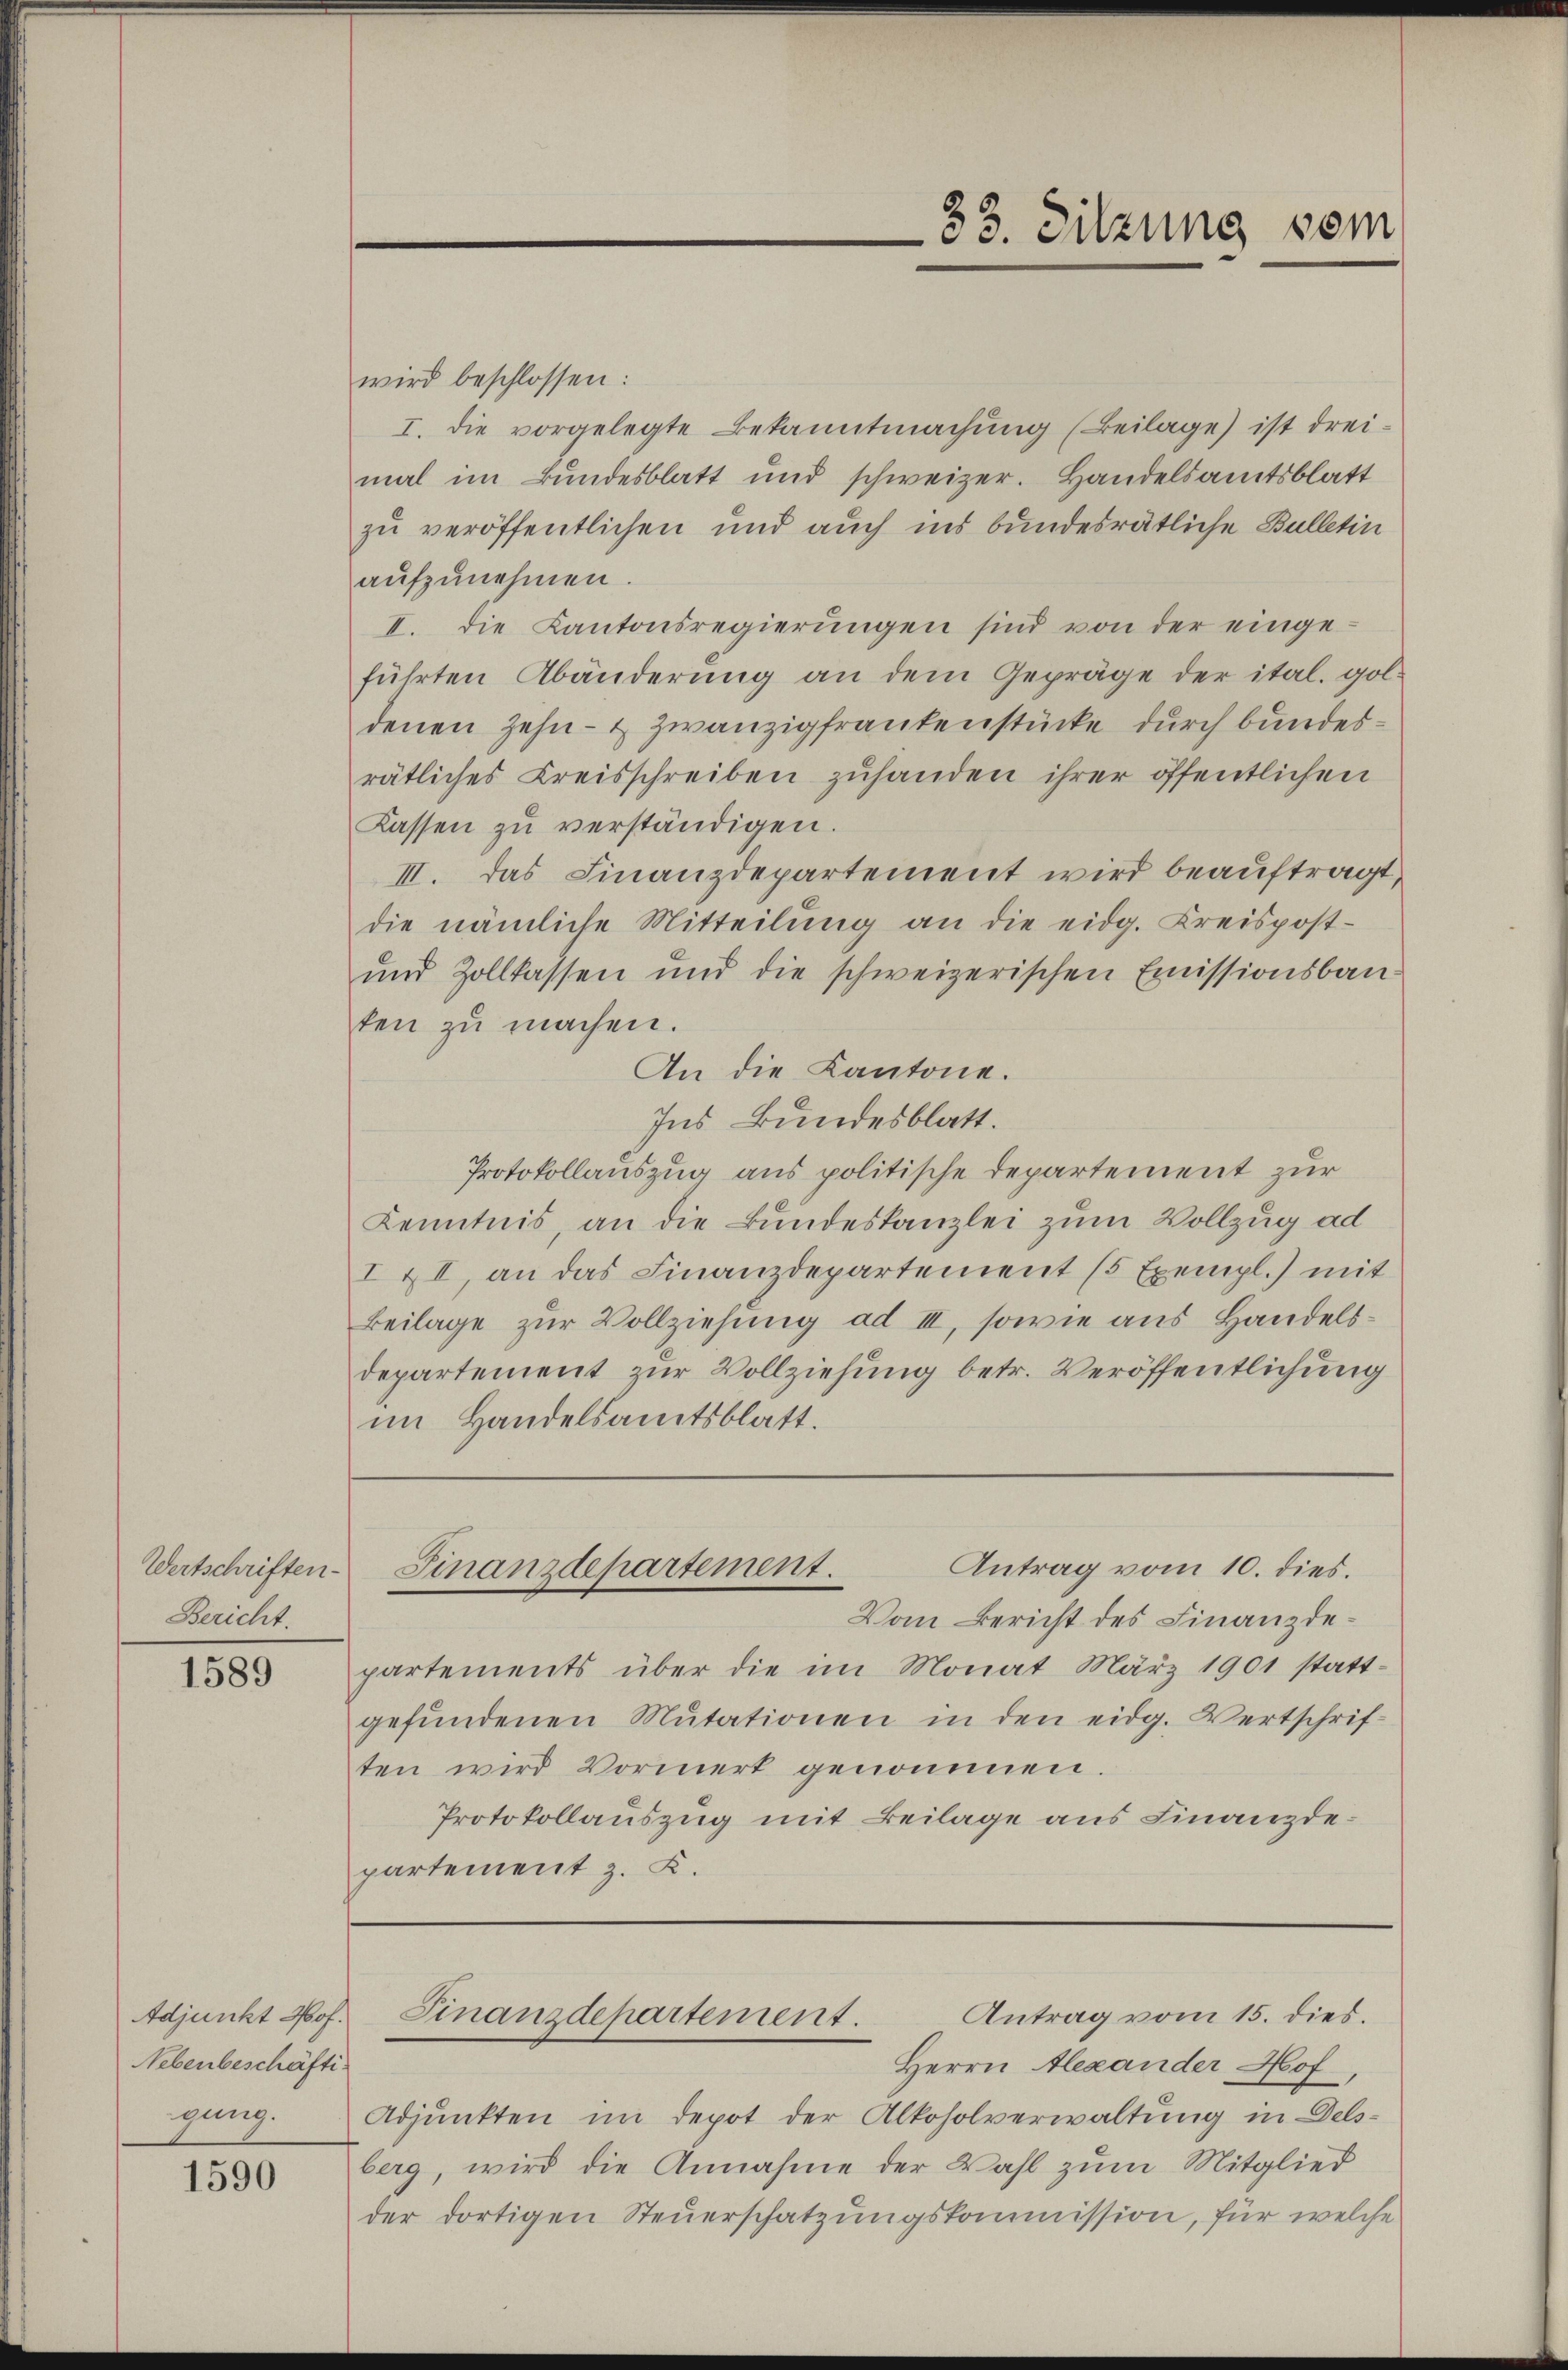
Wertschriften.
Bericht.

1589

Nebenbeschäfti
gung.

1590

wird beschlossen:
I. die vorgelegte Bekanntmachŭng (Beilage) ist drei-
mal im Bundesblatt und schweizer. Handelsamtsblatt
zu veröffentlichen und auch ins bundesrätliche Bulletin
aŭfzŭnehmen.
II. Die Kantonsregierŭngen sind von der einge-
führten Abänderung an dem Gepräge der ital. goldenen Zehn- & zwanzigfrankenstücke durch bundesrätliches Kreisschreiben zuhanden ihrer öffentlichen
Kassen zŭ verständigen.
III. Das Finanzdepartement wird beauftragt,
die nämliche Mitteilŭng an die eidg. Kreispost-
und Zollkassen und die schweizerischen Emissionsbau
ten zŭ machen.
An die Kantone.
Ins Bundesblatt.
Protokollauszug aus politische Departement zur
Kenntnis, an die Bundeskanzlei zum Vollzug ad
I & II, an das Finanzdepartement (5 Exempl.) mit
Beilage zur Vollziehung ad III, sowie aus Handelsdepartement zur Vollziehung betr. Veröffentlichung
im Handelsamtsblatt.

Vom Bericht des Finanzdepartements über die im Monat März 1901 stattgefŭndenen Mutationen in den eidg. Wertschrif-
ten wird Vormerk genommen.
Protokollauszug mit Beilage aus Finanzdepartement z. B.

33. Sitzung vom

Antrag vom 10. dies.
Finanzdepartement.

Antrag vom 15. dies.
Adjunkt Prof. Finanzdepartement.

Herrn Alexander Hof
Adjunkten im Depot der Alkoholverwaltung in Delsberg, wird die Annahme der Wahl zum Mitglied
der dortigen Steuerschatzungskommission, für welche